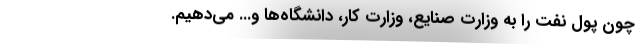
چون پول نفت را به وزارت صنایع، وزارت کار، دانشگاه‌ها و... می‌دهیم.